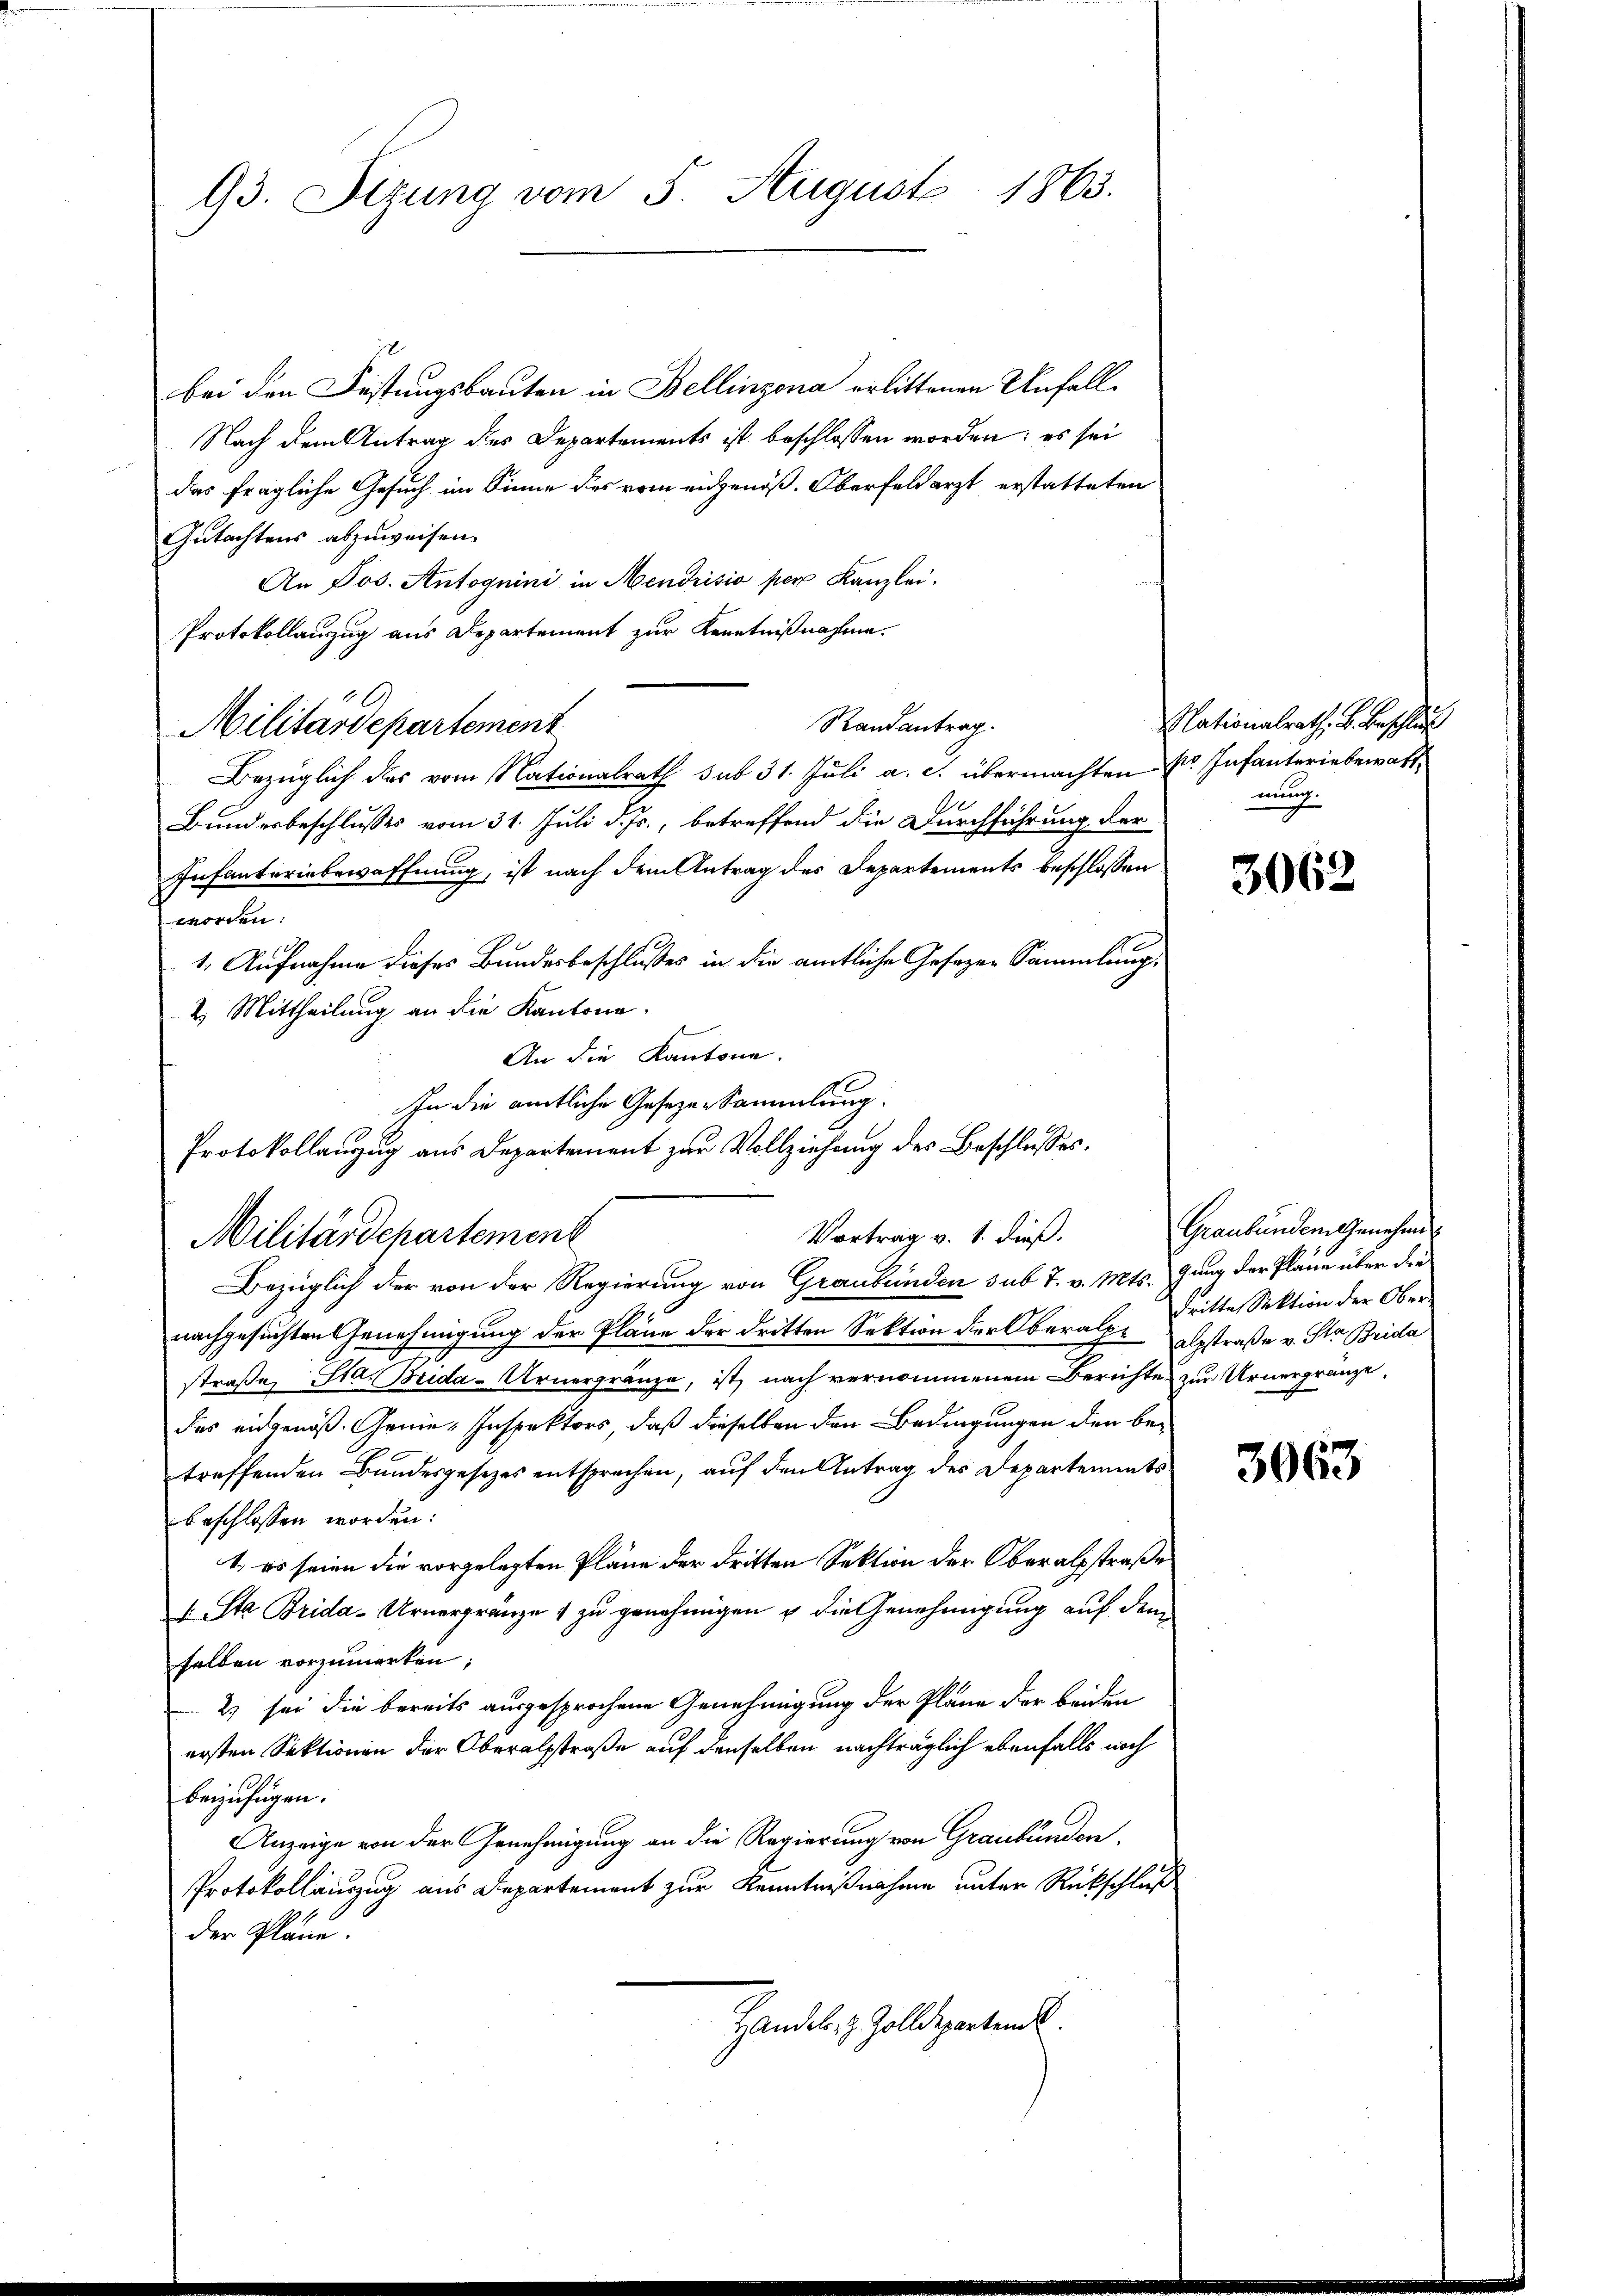
93. Sizung vom 5. August 1863.

bei den Festungsbauten in Bellinzona erlittenen Unfall¬
Nach dem Antrag des Departements ist beschlossen worden; es sei
das fragliche Gesuch im Sinne des vom eidgenöß. Oberfeldarzt erstatteten
Gutachtens abzuweisen.
An Jos. Antognini in Mendrisio per Kanzlei.
Protokollanzug aus Departement zur Kenntnißnahme.
Randantrag.
Militärdepartement
Bezüglich das vom Nationalrath sub 31. Jŭli a. c. übermachten sr. Infanteriebewalt
Bundesbeschlusses vom 31. Juli d. Js., betreffend die Durchführung der
Infanterinbewaffnung, ist nach dem Antrag des Departements beschlossen
worden:
1. Aufnahme dieser Bundesbeschlusses in die amtliche Gesezen Sammlung,
2. Mittheilung an die Kantone.
An die Kantone.
Protokollanzug aus Departement zur Vollziehung des Beschlusses,
Bezüglich der von der Regierung von Graubünden sub 7. v. Mts. Gang der Pläne über die
nachgesuchten Genehmigung der Pläne der dritten Sektion der Oberalpr
straße, Star Brida-Urnergränze, ist nach vernommenem Berichte zur Urnergrenz
das eidgenöß. Genie-Inspektors, daß dieselben den Bedingungen den betreffenden Bundesgesetzes entsprechen, auf den Antrag des Departements
beschlossen worden:
1, es seien die vorgelegten Pläne der dritten Sektion der Oberalsstraße
Sta Brida-Urnergränze 1 zu genehmigen u die Genehmigung auf dem
selben vorzumerken;
2) sei die bereits ausgesprochene Genehmigung der Pläne der beiden
ersten Sektionen der Oberalsstraße auf denselben nachträglich ebenfalls noch
beizufügen.
Anzeige von der Genehmigung an die Regierung von Graubünden.
Protokollauszug aus Departement zur Kenntnißnahme unter Rückschluß
der Pläne.
Handel. z. Zolldepartende

In die amtliche Geseze Sammlung.
Militärdepartement

Vortrag v. 1. dieß.

Nationalrath, B. Beschlus
mung.

3062

Graubünden Genehmen
dritte Sektion der Oberalsstraße v. St. Brida.

3063